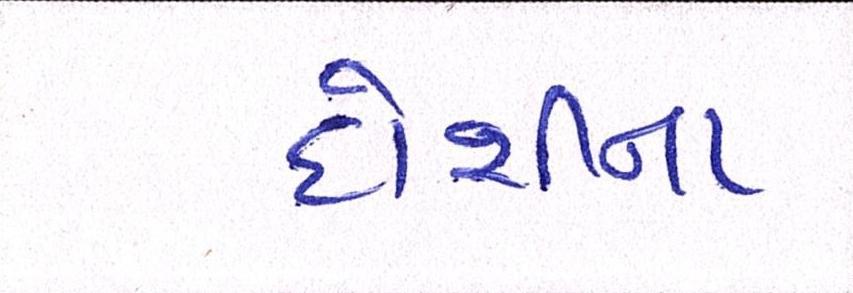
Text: દોશીના